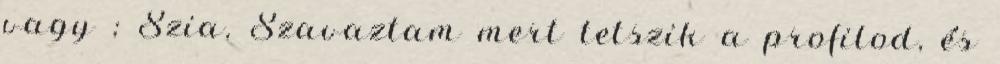
vagy ; Szia, Szavaztam mert tetszik a profilod, és